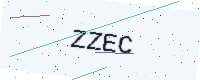
Text: ZZEC